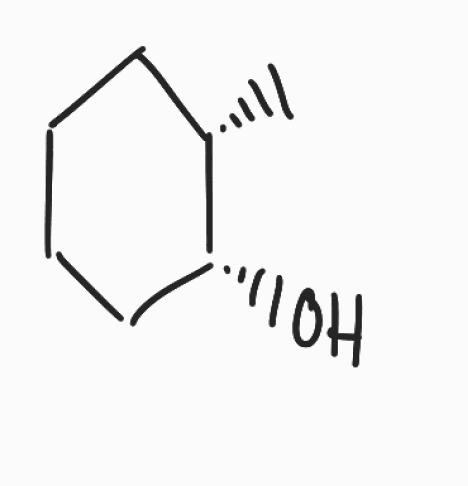
Simplified molecular-input line-entry system (SMILES) notation of the given molecule:
C[C@H]1CCCC[C@H]1O